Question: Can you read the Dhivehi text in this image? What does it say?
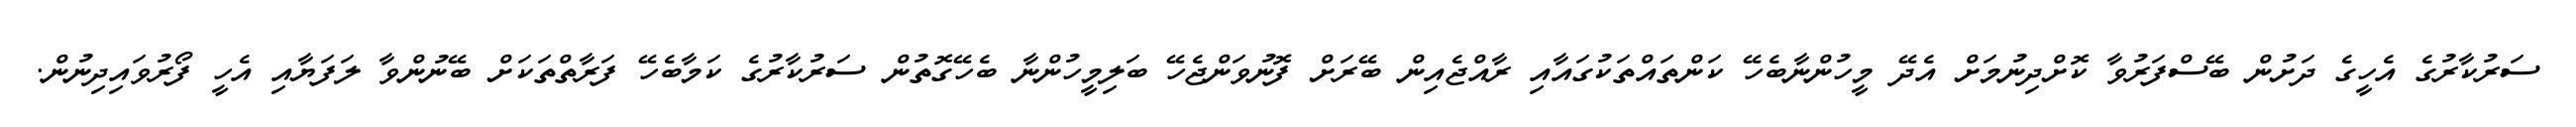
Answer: ސަރުކާރުގެ އެހީގެ ދަށުން ބޭސްފަރުވާ ކޮށްދިނުމަށް އެދޭ މީހުންނާބެހޭ ކަންތައްތަކުގައާއި ރާއްޖެއިން ބޭރަށް ފޮނުވަންޖެހޭ ބަލިމީހުންނާ ބެހޭގޮތުން ސަރުކާރުގެ ކަމާބެހޭ ފަރާތްތަކަށް ބޭނުންވާ ލަފަޔާއި އެހީ ފޯރުވައިދިނުން.